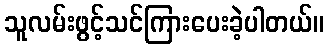
သူလမ်းဖွင့်သင်ကြားပေးခဲ့ပါတယ်။